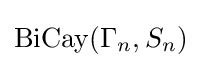
\operatorname {BiCay} (\Gamma _{n},S_{n})